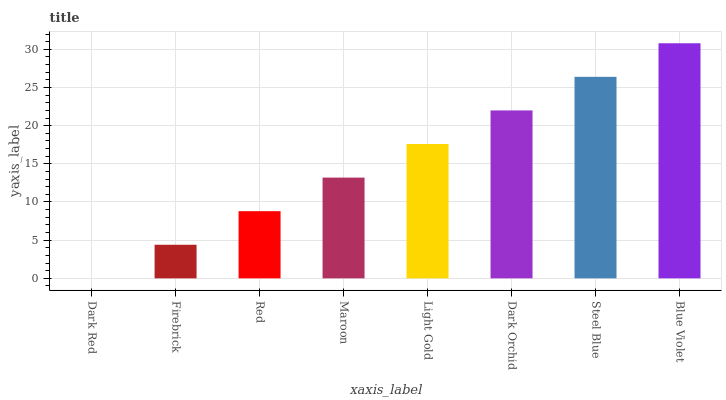
| xaxis_label | bars |
 | --- | --- |
 | Dark Red | 0 |
 | Firebrick | 4.4 |
 | Red | 8.8 |
 | Maroon | 13.2 |
 | Light Gold | 17.6 |
 | Dark Orchid | 22 |
 | Steel Blue | 26.4 |
 | Blue Violet | 30.8 |